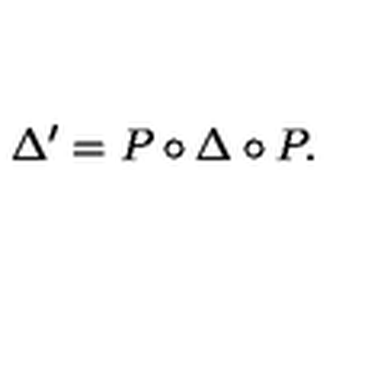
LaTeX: \Delta ^ { \prime } = P \circ \Delta \circ P .